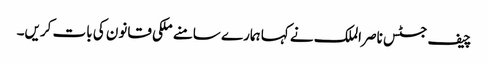
چیف جسٹس ناصر الملک نے کہا ہمارے سامنے ملکی قانون کی بات کریں۔